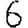
Digit: 6